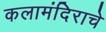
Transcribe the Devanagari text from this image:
कलामंदिराचे